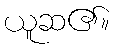
ယူဆ၏။